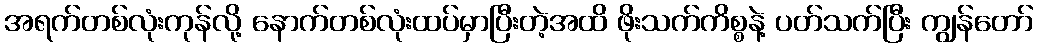
အရက်တစ်လုံးကုန်လို့ နောက်တစ်လုံးထပ်မှာပြီးတဲ့အထိ ဖိုးသက်ကိစ္စနဲ့ ပတ်သက်ပြီး ကျွန်တော်